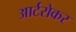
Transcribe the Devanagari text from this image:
आर्टरोकर